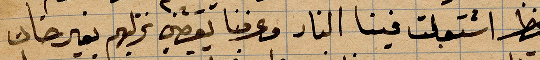
... اشتعلت فينا النار وعرفنا يقصي نزلهم بغير خان